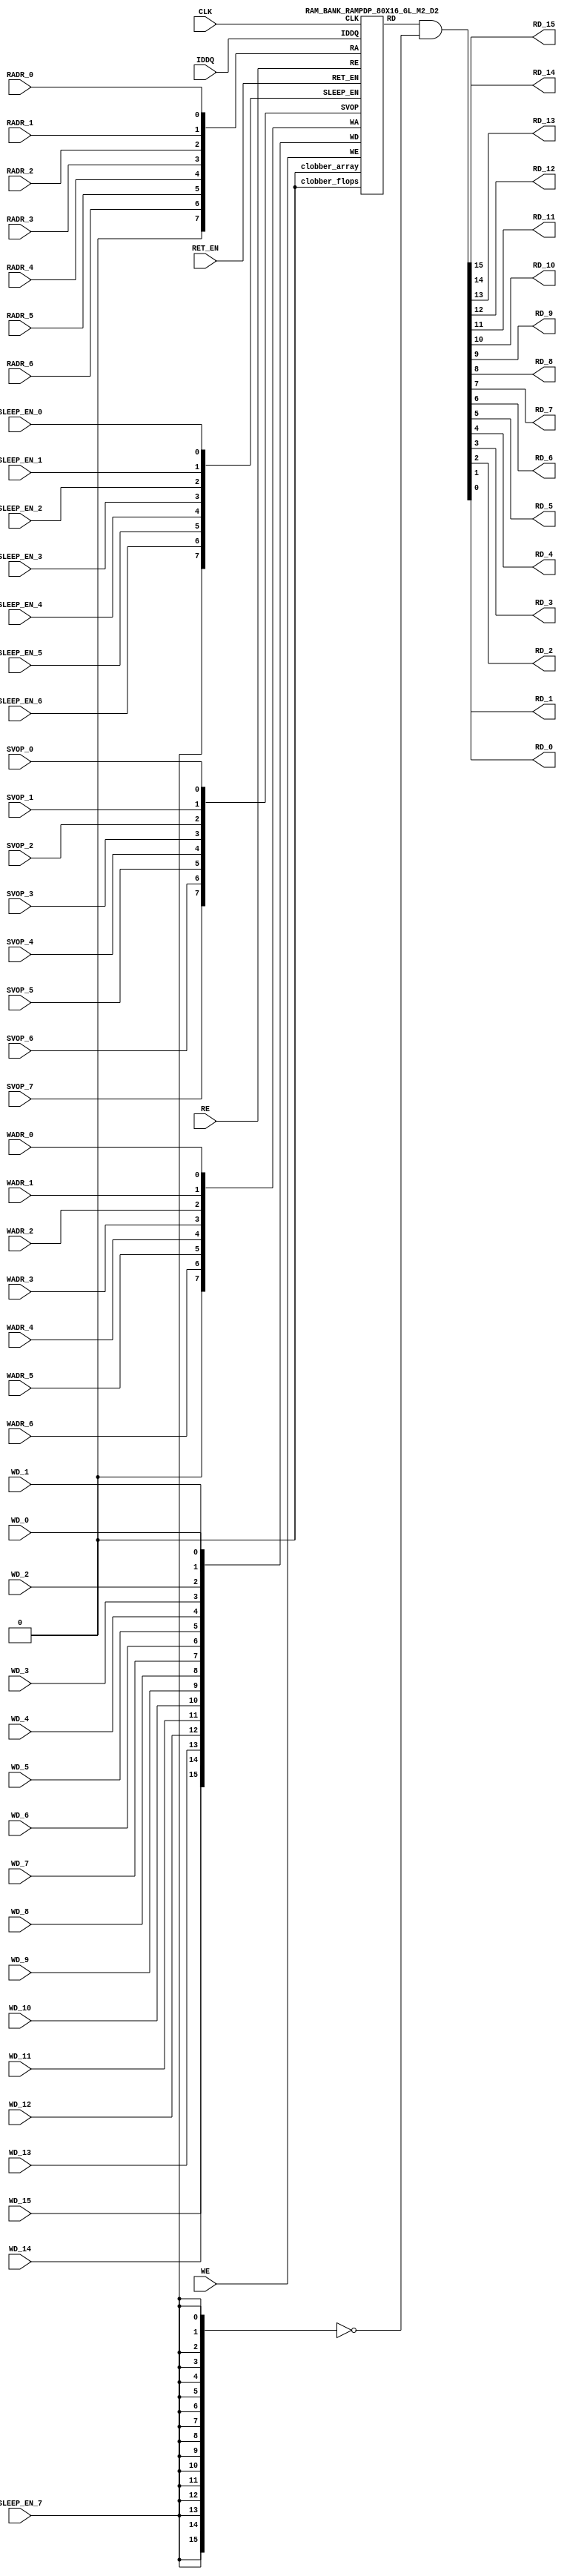

//Technology      : TSMC 16FF-LR
//Compiler version: FINAL.1 - 2017-05-25.18:47:15

`ifdef EMULATION
	`define SYNTHESIS
`endif

`ifndef SYNTHESIS
	`ifdef FAULT_INJECTION
		`define SIM_and_FAULT
	`endif
`endif

`ifndef SYNTHESIS
	`ifdef MONITOR
		`define SIM_and_MONITOR
	`endif
`endif


`ifndef SYNTHESIS 
`timescale 10ps/1ps
`endif 
`celldefine
module RAMPDP_80X16_GL_M2_D2 (  WE,  CLK, IDDQ, SVOP_0, SVOP_1, SVOP_2, SVOP_3, SVOP_4, SVOP_5, SVOP_6, SVOP_7 
,WD_15, WD_14, WD_13, WD_12, WD_11, WD_10, WD_9, WD_8, WD_7, WD_6, WD_5, WD_4, WD_3, WD_2, WD_1, WD_0,RD_15, RD_14, RD_13, RD_12, RD_11, RD_10, RD_9, RD_8, RD_7, RD_6, RD_5, RD_4, RD_3, RD_2, RD_1, RD_0, RE
, RADR_6, RADR_5, RADR_4, RADR_3, RADR_2, RADR_1, RADR_0, WADR_6, WADR_5, WADR_4, WADR_3, WADR_2, WADR_1, WADR_0, SLEEP_EN_7, SLEEP_EN_6, SLEEP_EN_5, SLEEP_EN_4, SLEEP_EN_3, SLEEP_EN_2, SLEEP_EN_1, SLEEP_EN_0, RET_EN
);

// nvProps NoBus SLEEP_EN_

`ifndef RAM_INTERFACE
`ifndef SYNTHESIS
// Physical ram size defined as localparam
parameter phy_rows = 40;
parameter phy_cols = 32;
parameter phy_rcols_pos = 32'b00000000000000000000000000000000;

`endif //SYNTHESIS
`endif //RAM_INTERFACE

// Test mode control ports
input IDDQ;
// Clock port
input CLK;
// SVOP ports
input SVOP_0, SVOP_1, SVOP_2, SVOP_3, SVOP_4, SVOP_5, SVOP_6, SVOP_7;
// Write data ports
input WD_15, WD_14, WD_13, WD_12, WD_11, WD_10, WD_9, WD_8, WD_7, WD_6, WD_5, WD_4, WD_3, WD_2, WD_1, WD_0;
// Read data ports
output RD_15, RD_14, RD_13, RD_12, RD_11, RD_10, RD_9, RD_8, RD_7, RD_6, RD_5, RD_4, RD_3, RD_2, RD_1, RD_0;
// Read enable ports
input RE;
// Write enable ports
input WE;
// Read address ports
input RADR_6, RADR_5, RADR_4, RADR_3, RADR_2, RADR_1, RADR_0;
// Write address ports
input WADR_6, WADR_5, WADR_4, WADR_3, WADR_2, WADR_1, WADR_0;

// PG Zone enables
input SLEEP_EN_0, SLEEP_EN_1, SLEEP_EN_2, SLEEP_EN_3, SLEEP_EN_4, SLEEP_EN_5, SLEEP_EN_6, SLEEP_EN_7, RET_EN;

`ifndef RAM_INTERFACE
wire VDD = 1'b1;
wire GND  = 1'b0;

// Combine the sleep enable pins into one bus
	wire [7:0] SLEEP_EN = {SLEEP_EN_7, SLEEP_EN_6, SLEEP_EN_5, SLEEP_EN_4, SLEEP_EN_3, SLEEP_EN_2, SLEEP_EN_1, SLEEP_EN_0};

// Signal to clamp the outputs when the VDD is power gated off.
	wire clamp_rd   = SLEEP_EN[7] ;

// State point clobering signals
// X-out state points when their power goes out
    wire clobber_x;
`ifndef SYNTHESIS
`ifdef DISABLE_REPAIR_X
    wire check_x = (RET_EN ^ (^SLEEP_EN[7:0]) ^  SVOP_0 ^ SVOP_1 ^ SVOP_2 ^ SVOP_3 ^ SVOP_4 ^ SVOP_5 ^ SVOP_6 ^ SVOP_7);
`else 
    wire check_x = (RET_EN ^ (^SLEEP_EN[7:0]) ^  SVOP_0 ^ SVOP_1 ^ SVOP_2 ^ SVOP_3 ^ SVOP_4 ^ SVOP_5 ^ SVOP_6 ^ SVOP_7 );
`endif 
    assign clobber_x = ((check_x === 1'bx) || (check_x === 1'bz))?1'b1:1'b0;
 
    wire clobber_array = (~RET_EN & (|SLEEP_EN[3:0]))  | clobber_x;
    wire clobber_flops = (|SLEEP_EN[7:4]) | clobber_x ;
`else //SYNTHESIS
    wire clobber_array = 1'b0;
    wire clobber_flops = 1'b0;
    assign clobber_x = 1'b0;
`endif //SYNTHESIS 

// Output valid signal
// Outputs are unknown in non-retention mode if VDDM is powered up , but VDD is not 
    wire outvalid;
	assign outvalid = ~(clobber_x | (~RET_EN & (|SLEEP_EN[3:0]) & (|(~SLEEP_EN[7:4]))));


//assemble & rename wires
// Extend the MSB's of the read/write addresses to cover all the flop inputs
// The number of address flops is fixed. Also combine all the individual *_* bits into one bus
	wire [7:0] RA = {1'b0, RADR_6, RADR_5, RADR_4, RADR_3, RADR_2, RADR_1, RADR_0};
	wire [7:0] WA = {1'b0, WADR_6, WADR_5, WADR_4, WADR_3, WADR_2, WADR_1, WADR_0};
// Combine all the write data input bits
	wire [15:0] WD = {WD_15, WD_14, WD_13, WD_12, WD_11, WD_10, WD_9, WD_8, WD_7, WD_6, WD_5, WD_4, WD_3, WD_2, WD_1, WD_0};
	wire [15:0] RD;
// Expand the read data bus into individual output bits
//	assign {RD_15, RD_14, RD_13, RD_12, RD_11, RD_10, RD_9, RD_8, RD_7, RD_6, RD_5, RD_4, RD_3, RD_2, RD_1, RD_0} = (outvalid) ? RD : 16'bx;
// Do the read data swizzing based on the number of words and bits. 
`ifndef SYNTHESIS
	assign {RD_15, RD_14, RD_13, RD_12, RD_11, RD_10, RD_9, RD_8, RD_7, RD_6, RD_5, RD_4, RD_3, RD_2, RD_1, RD_0} = (outvalid) ? RD & ~{16{clamp_rd}} : 16'bx;
`else
	assign {RD_15, RD_14, RD_13, RD_12, RD_11, RD_10, RD_9, RD_8, RD_7, RD_6, RD_5, RD_4, RD_3, RD_2, RD_1, RD_0} =  RD & ~{16{clamp_rd}};
`endif
	wire [7:0] SVOP = {SVOP_7, SVOP_6, SVOP_5, SVOP_4, SVOP_3, SVOP_2, SVOP_1, SVOP_0};


`ifndef EMULATION

// Instantiate memory bank
// This block defines the core functionality of the rams.
	RAM_BANK_RAMPDP_80X16_GL_M2_D2 ITOP ( WE, CLK, IDDQ, SVOP, WD, RD, RE, RA, WA
, SLEEP_EN
,  RET_EN, clobber_array , clobber_flops 
);

`ifndef SYNTHESIS 
// Tasks for initializing the arrays
//VCS coverage off    
always  @(clobber_array) begin : clobber_array_block
    integer i;
    if (clobber_array) begin
	    for (i=0; i<80; i=i+1) begin
		     mem_wr_raw(i, {16{1'bx}});
		end
    end
end


always  @(clobber_flops) begin
  if (clobber_flops) begin
      ITOP.RE_LATB <= 1'bx;
      ITOP.RE_FF <= 1'bx;
      ITOP.WE_LATB <= 1'bx;
      ITOP.WE_FF <= 1'bx;
      ITOP.RADR <= 8'bx;
      ITOP.WADR <= 8'bx;
      ITOP.WAFF <= 8'bx;
      ITOP.WDQ_pr <= 16'bx;
      ITOP.dout <= 16'bx;
  end
end  
//VCS coverage on    

//VCS coverage off    
task mem_wr_raw;
  input [6:0] addr;
  input [15:0] data;
  begin
    if (addr[0] == 1'b0) 
        ITOP.iow0.mem_wr_raw_subbank(addr[6:1], data);
    else if (addr[0] == 1'b1)
        ITOP.iow1.mem_wr_raw_subbank(addr[6:1], data);
  end
endtask

// Ramgen function for writing the arrays 
task mem_write;
  input [6:0] addr;
  input [15:0] data;
  begin
    ITOP.mem_write_bank(addr,data);
  end
endtask

// Ramgen function for reading the arrays 
function [15:0] mem_read;
input [6:0] addr;
  begin
        mem_read = ITOP.mem_read_bank(addr);
  end
endfunction


// Random only generates 32 bit value.
// If nbits > 32, call it multiple times
// Old random fill fills all memory locations with same random value


task mem_fill_random;
	reg [15:0] val;
	integer i;
	begin
		for (i=0; i<80; i=i+1) begin
		    val = {$random};
		    mem_wr_raw(i, val);
		end
	end 
endtask

// Fill the memory with a given bit value 
task mem_fill_value;
    input fill_bit;
	reg [15:0] val;
    integer i;
    begin
        val = {16{fill_bit}};
        for (i=0; i<80; i=i+1) begin
		    mem_wr_raw(i, val);
        end
    end
endtask 

// read logical address and feed into salat
task force_rd;
input [6:0] addr;
	reg [15:0] rd;

	`ifdef USE_RAMINIT_LIBS
	reg raminit_active, raminit_argcheck, raminit_debug, raminit_enable, raminit_random, raminit_invert,
	    raminit_val, raminit_waitclock, raminit_use_force;
	real raminit_delay_ns, raminit_waitclock_check_ns;
	initial
	begin
	  raminit_active    = 0; // default is inactive (plusarg to active the ram init functionality)
	  raminit_argcheck  = 0; // default is no plusargs check (apart from raminit_active and raminit_argcheck)
	  raminit_debug     = 0; // default is no debug messages
	  raminit_enable    = 0; // default is no init (variable indicating if the ram init functionality is enabled for this instance)
	  raminit_random    = 0; // default is no random init
	  raminit_invert    = 0; // default is not to invert the init value
	  raminit_val       = 0; // default init value is zero
	  raminit_waitclock = 0; // default is not to wait to clock to be non-X
	  raminit_use_force = 1; // default is to use force/release
	  raminit_delay_ns           = `ifdef NV_TOP_RESET_ON_DELAY  (`NV_TOP_RESET_ON_DELAY+2) `else 3 `endif; // default is 2ns after nv_top_reset_ goes low or ram clock is not X
	  raminit_waitclock_check_ns = `ifdef NV_TOP_RESET_OFF_DELAY (`NV_TOP_RESET_OFF_DELAY)  `else 0 `endif; // default is when nv_top_reset_ goes high
	  $value$plusargs("raminit_active=%d",    raminit_active);
	  $value$plusargs("raminit_argcheck=%d",  raminit_argcheck);
	  if (raminit_argcheck)
	  begin
	    // The following variables are not usually used as plusargs, but instead set through add_inst_array calls or the init_inst_file.
	    $value$plusargs("raminit_debug=%d",              raminit_debug);
	    $value$plusargs("raminit_enable=%d",             raminit_enable);
	    $value$plusargs("raminit_random=%d",             raminit_random);
	    $value$plusargs("raminit_invert=%d",             raminit_invert);
	    $value$plusargs("raminit_val=%d",                raminit_val);
	    $value$plusargs("raminit_waitclock=%d",          raminit_waitclock);
	    $value$plusargs("raminit_delay_ns=%f",           raminit_delay_ns);
	    $value$plusargs("raminit_waitclock_check_ns=%f", raminit_waitclock_check_ns);
	    $value$plusargs("raminit_use_force=%d",          raminit_use_force);
	  end
	  `ifdef INST_CHECK
	  `INST_CHECK(ram_inst_check0,raminit_active,raminit_debug,raminit_enable,raminit_random,raminit_val,raminit_invert,raminit_waitclock,raminit_delay_ns,raminit_waitclock_check_ns);
	  `endif
	  if (!raminit_active)  raminit_enable = 0;
	  else if (raminit_enable)
	  begin
	    if (raminit_random) raminit_val = `ifdef NO_PLI 1'b0 `else $RollPLI(0,1) `endif;
	    if (raminit_invert) raminit_val = ~raminit_val;
	  end
	  if (raminit_debug)
	  begin
	    $display("%m: raminit_active              = %d", raminit_active);
	    $display("%m: raminit_argcheck            = %d", raminit_argcheck);
	    $display("%m: raminit_debug               = %d", raminit_debug);
	    $display("%m: raminit_enable              = %d", raminit_enable);
	    $display("%m: raminit_random              = %d", raminit_random);
	    $display("%m: raminit_invert              = %d", raminit_invert);
	    $display("%m: raminit_val                 = %d", raminit_val);
	    $display("%m: raminit_waitclock           = %d", raminit_waitclock);
	    $display("%m: raminit_delay_ns            = %f ns", raminit_delay_ns);
	    $display("%m: raminit_waitclock_check_ns  = %f ns", raminit_waitclock_check_ns);
	    $display("%m: raminit_use_force           = %d", raminit_use_force);
	  end
	end
	`endif

	`ifdef USE_RAMINIT_LIBS
	// init rd
	task init_rd_regs;
	begin
	  #0; // wait for raminit variables to be set
	  if (raminit_enable)
	  begin : raminit_val_blk
	    reg [16-1:0] raminit_fullval;
	    if (raminit_random)  raminit_fullval = `ifdef NO_PLI {16 {1'b1}} `else { $RollPLI(0,{16{1'b1}}) } `endif ;
	    else                 raminit_fullval = {16 {raminit_val}};
	    if (raminit_invert)  raminit_fullval = ~raminit_fullval;
	    if (raminit_use_force)  force rd = raminit_fullval;
	    if (raminit_waitclock)  wait ( !== 1'bx);
	    #(raminit_delay_ns*100);
	    `ifdef INST_WAITCLOCK_CHECK
	    `INST_WAITCLOCK_CHECK(waitclock_inst_check0,raminit_waitclock,raminit_waitclock_check_ns,100)
	    `endif
	    if (raminit_use_force)  release rd;
	    rd = raminit_fullval;
	  end
	end
	endtask
	initial begin init_rd_regs();  end
	`ifdef RAMINIT_TRIGGER
	always @(`RAMINIT_TRIGGER)  init_rd_regs();
	`endif
	`endif // `ifdef USE_RAMINIT_LIBS

	begin
        if (addr[0] == 1'b0) 
            rd = ITOP.iow0.mem_read_raw_subbank(addr[6:1]);
        else if (addr[0] == 1'b1)
            rd = ITOP.iow1.mem_read_raw_subbank(addr[6:1]);
		ITOP.dout = rd;
	end
endtask

`ifdef MEM_PHYS_INFO
//function for physical array read row, takes physical address
function [31:0] mem_phys_read_padr;
input [5:0] addr;
	reg [31:0] rd_row;

	`ifdef USE_RAMINIT_LIBS
	// init rd_row
	task init_rd_row_regs;
	begin
	  #0; // wait for raminit variables to be set
	  if (raminit_enable)
	  begin : raminit_val_blk
	    reg [32-1:0] raminit_fullval;
	    if (raminit_random)  raminit_fullval = `ifdef NO_PLI {32 {1'b1}} `else { $RollPLI(0,{32{1'b1}}) } `endif ;
	    else                 raminit_fullval = {32 {raminit_val}};
	    if (raminit_invert)  raminit_fullval = ~raminit_fullval;
	    if (raminit_use_force)  force rd_row = raminit_fullval;
	    if (raminit_waitclock)  wait ( !== 1'bx);
	    #(raminit_delay_ns*100);
	    `ifdef INST_WAITCLOCK_CHECK
	    `INST_WAITCLOCK_CHECK(waitclock_inst_check1,raminit_waitclock,raminit_waitclock_check_ns,100)
	    `endif
	    if (raminit_use_force)  release rd_row;
	    rd_row = raminit_fullval;
	  end
	end
	endtask
	initial begin init_rd_row_regs();  end
	`ifdef RAMINIT_TRIGGER
	always @(`RAMINIT_TRIGGER)  init_rd_row_regs();
	`endif
	`endif // `ifdef USE_RAMINIT_LIBS

	reg [15:0] rd[1:0];
	integer i;
	begin
        rd[0] = ITOP.iow0.mem_read_raw_subbank(addr);
        rd[1] = ITOP.iow1.mem_read_raw_subbank(addr);
        for (i=0; i<=15; i=i+1) begin
            rd_row[i*2+0] = rd[0][i];
            rd_row[i*2+1] = rd[1][i];
		end
		mem_phys_read_padr = rd_row;
	end
endfunction

//function for physical array read row, takes logical address
function [31:0] mem_phys_read_ladr;
input [6:0] addr;
    reg [5:0] paddr;
	reg [31:0] rd_row;

	`ifdef USE_RAMINIT_LIBS
	// init rd_row
	task init_rd_row_regs;
	begin
	  #0; // wait for raminit variables to be set
	  if (raminit_enable)
	  begin : raminit_val_blk
	    reg [32-1:0] raminit_fullval;
	    if (raminit_random)  raminit_fullval = `ifdef NO_PLI {32 {1'b1}} `else { $RollPLI(0,{32{1'b1}}) } `endif ;
	    else                 raminit_fullval = {32 {raminit_val}};
	    if (raminit_invert)  raminit_fullval = ~raminit_fullval;
	    if (raminit_use_force)  force rd_row = raminit_fullval;
	    if (raminit_waitclock)  wait ( !== 1'bx);
	    #(raminit_delay_ns*100);
	    `ifdef INST_WAITCLOCK_CHECK
	    `INST_WAITCLOCK_CHECK(waitclock_inst_check2,raminit_waitclock,raminit_waitclock_check_ns,100)
	    `endif
	    if (raminit_use_force)  release rd_row;
	    rd_row = raminit_fullval;
	  end
	end
	endtask
	initial begin init_rd_row_regs();  end
	`ifdef RAMINIT_TRIGGER
	always @(`RAMINIT_TRIGGER)  init_rd_row_regs();
	`endif
	`endif // `ifdef USE_RAMINIT_LIBS

	reg [15:0] rd[1:0];
	integer i;
	begin
        paddr = (addr >> 1);
        rd[0] = ITOP.iow0.mem_read_raw_subbank(paddr);
        rd[1] = ITOP.iow1.mem_read_raw_subbank(paddr);
        for (i=0; i<=15; i=i+1) begin
            rd_row[i*2+0] = rd[0][i];
            rd_row[i*2+1] = rd[1][i];
		end
		mem_phys_read_ladr = rd_row;
	end
endfunction


//function for physical array read row with column masking, takes logical address
function [31:0] mem_phys_read_pmasked;
input [6:0] addr;
   reg [31:0] rd_row;

   `ifdef USE_RAMINIT_LIBS
   // init rd_row
   task init_rd_row_regs;
   begin
     #0; // wait for raminit variables to be set
     if (raminit_enable)
     begin : raminit_val_blk
       reg [32-1:0] raminit_fullval;
       if (raminit_random)  raminit_fullval = `ifdef NO_PLI {32 {1'b1}} `else { $RollPLI(0,{32{1'b1}}) } `endif ;
       else                 raminit_fullval = {32 {raminit_val}};
       if (raminit_invert)  raminit_fullval = ~raminit_fullval;
       if (raminit_use_force)  force rd_row = raminit_fullval;
       if (raminit_waitclock)  wait ( !== 1'bx);
       #(raminit_delay_ns*100);
       `ifdef INST_WAITCLOCK_CHECK
       `INST_WAITCLOCK_CHECK(waitclock_inst_check3,raminit_waitclock,raminit_waitclock_check_ns,100)
       `endif
       if (raminit_use_force)  release rd_row;
       rd_row = raminit_fullval;
     end
   end
   endtask
   initial begin init_rd_row_regs();  end
   `ifdef RAMINIT_TRIGGER
   always @(`RAMINIT_TRIGGER)  init_rd_row_regs();
   `endif
   `endif // `ifdef USE_RAMINIT_LIBS

   reg [15:0] rd[1 : 0];
   integer i;
   begin
        rd[0] = (addr[0:0] === 0) ? ITOP.iow0.mem_read_raw_subbank(addr[6:1]) : 16'bx;
        rd[1] = (addr[0:0] === 1) ? ITOP.iow1.mem_read_raw_subbank(addr[6:1]) : 16'bx;
        for (i=0; i<=15; i=i+1) begin
            rd_row[i*2+0] = rd[0][i];
            rd_row[i*2+1] = rd[1][i];
        end
        mem_phys_read_pmasked = rd_row;
    end
endfunction

//Task for physical array write row, takes physical address
task mem_phys_write;
input [5:0] addr;
input [31:0] data;
	reg [15:0] wr[1:0];
	integer i;
	begin
        for (i=0; i<=15; i=i+1) begin
            wr[0][i] = data[i*2+0];
            wr[1][i] = data[i*2+1];
		end
        ITOP.iow0.mem_wr_raw_subbank(addr,wr[0]);
        ITOP.iow1.mem_wr_raw_subbank(addr,wr[1]);
	end
endtask

// Function to return a physical address given a logical address input.
function [5:0] mem_log_to_phys_adr;
input [6:0] addr;
    begin
        mem_log_to_phys_adr = (addr >> 1) ; 
    end
endfunction 
`endif //MEM_PHYS_INFO

`ifdef MONITOR
// Monitor dump trigger
reg dump_monitor_result;

initial begin : init_monitor
  dump_monitor_result = 1'b0;
end

task monitor_on;
    begin
		ITOP.iow0.monitor_on = 1'b1;
		ITOP.iow1.monitor_on = 1'b1;
   end
endtask

task monitor_off;
    begin
		ITOP.iow0.monitor_on = 1'b0;
		ITOP.iow1.monitor_on = 1'b0;
        dump_monitor_result = 1'b1;
    end
endtask

// read bit_written monitor row by physical address from subarray
function [31:0] mon_bit_w;
input [5:0] addr;
	reg [31:0] mon_row;
	reg [15:0] mon_word[1:0];
	integer i;
	begin
		// read all monitor words for a row
		mon_word[0] = ITOP.iow0.bit_written[addr];
		mon_word[1] = ITOP.iow1.bit_written[addr];
		// combine all 2 words to a row
		for (i=0; i<=15; i=i+1) begin
			mon_row[i*2+0] = mon_word[0][i];
			mon_row[i*2+1] = mon_word[1][i];
		end
		mon_bit_w = mon_row;
	end
endfunction

// read bit_read monitor word by address from subarray
function [31:0] mon_bit_r;
input [5:0] addr;
	reg [31:0] mon_row;
	reg [15:0] mon_word[1:0];
	integer i;
	begin
		// read all monitor words for a row
		mon_word[0] = ITOP.iow0.bit_read[addr];
		mon_word[1] = ITOP.iow1.bit_read[addr];
		// combine all 2 words to a row
		for (i=0; i<=15; i=i+1) begin
			mon_row[i*2+0] = mon_word[0][i];
			mon_row[i*2+1] = mon_word[1][i];
		end
		mon_bit_r = mon_row;
	end
endfunction

// read word_written monitor row by physical address from subarray
function  mon_word_w;
input [5:0] addr;
	reg mon_word[1:0];
	integer i;
	begin
		// read all monitor words for a row
		mon_word[0] = ITOP.iow0.word_written[addr];
		mon_word[1] = ITOP.iow1.word_written[addr];
		// combine all 2 words to a row
		mon_word_w = mon_word[0] | mon_word[1] ;
	end
endfunction

// read word_read monitor row by physical address from subarray
function  mon_word_r;
input [5:0] addr;
	reg mon_word[1:0];
	integer i;
	begin
		// read all monitor words for a row
		mon_word[0] = ITOP.iow0.word_read[addr];
		mon_word[1] = ITOP.iow1.word_read[addr];
		// combine all 2 words to a row
		mon_word_r = mon_word[0] | mon_word[1] ;
	end
endfunction

always @(dump_monitor_result) begin : dump_monitor
	integer i;
	integer j;
	reg [31:0] tmp_row;
    reg tmp_bit;
	if (dump_monitor_result == 1'b1) begin
	    $display("Exercised coverage summary:");
        $display("\t%m rows unwritten:");
        for(i=0;i<=40;i=i+1) begin
			tmp_bit = mon_word_w(i);
            if (tmp_bit !== 1) $display("\t\trow %d", i);
		end
        $display("\t%m rows unread:");
        for(i=0;i<=40;i=i+1) begin
			tmp_bit = mon_word_r(i);
            if (tmp_bit !== 1) $display("\t\trow %d", i);
		end
		$display("\t%m bits not written as 0:");
		for (i=0; i<40; i=i+1) begin
			tmp_row = mon_bit_w(i);
			for (j=0; j<32; j=j+1) begin
				if (tmp_row[j] !== 1'b0 && tmp_row[j] !== 1'bz) $display("\t\t[row,bit] [%d,%d]", i, j);
			end
		end
		$display("\t%m bits not written as 1:");
		for (i=0; i<40; i=i+1) begin
			tmp_row = mon_bit_w(i);
			for (j=0; j<32; j=j+1) begin
				if (tmp_row[j] !== 1'b1 && tmp_row[j] !== 1'bz) $display("\t\t[row,bit] [%d,%d]", i, j);
			end
		end
		$display("\t%m bits not read as 0:");
		for (i=0; i<40; i=i+1) begin
			tmp_row = mon_bit_r(i);
			for (j=0; j<32; j=j+1) begin
				if (tmp_row[j] !== 1'b0 && tmp_row[j] !== 1'bz) $display("\t\t[row,bit] [%d,%d]", i, j);
			end
		end
		$display("\t%m bits not read as 1:");
		for (i=0; i<40; i=i+1) begin
			tmp_row = mon_bit_r(i);
			for (j=0; j<32; j=j+1) begin
				if (tmp_row[j] !== 1'b1 && tmp_row[j] !== 1'bz) $display("\t\t[row,bit] [%d,%d]", i, j);
			end
		end
		dump_monitor_result = 1'b0;
	end
end

//VCS coverage on    
`endif // MONITOR

`ifdef NV_RAM_EXPAND_ARRAY
wire [15:0] Q_0 = ITOP.iow0.arr[0];
wire [15:0] Q_1 = ITOP.iow1.arr[0];
wire [15:0] Q_2 = ITOP.iow0.arr[1];
wire [15:0] Q_3 = ITOP.iow1.arr[1];
wire [15:0] Q_4 = ITOP.iow0.arr[2];
wire [15:0] Q_5 = ITOP.iow1.arr[2];
wire [15:0] Q_6 = ITOP.iow0.arr[3];
wire [15:0] Q_7 = ITOP.iow1.arr[3];
wire [15:0] Q_8 = ITOP.iow0.arr[4];
wire [15:0] Q_9 = ITOP.iow1.arr[4];
wire [15:0] Q_10 = ITOP.iow0.arr[5];
wire [15:0] Q_11 = ITOP.iow1.arr[5];
wire [15:0] Q_12 = ITOP.iow0.arr[6];
wire [15:0] Q_13 = ITOP.iow1.arr[6];
wire [15:0] Q_14 = ITOP.iow0.arr[7];
wire [15:0] Q_15 = ITOP.iow1.arr[7];
wire [15:0] Q_16 = ITOP.iow0.arr[8];
wire [15:0] Q_17 = ITOP.iow1.arr[8];
wire [15:0] Q_18 = ITOP.iow0.arr[9];
wire [15:0] Q_19 = ITOP.iow1.arr[9];
wire [15:0] Q_20 = ITOP.iow0.arr[10];
wire [15:0] Q_21 = ITOP.iow1.arr[10];
wire [15:0] Q_22 = ITOP.iow0.arr[11];
wire [15:0] Q_23 = ITOP.iow1.arr[11];
wire [15:0] Q_24 = ITOP.iow0.arr[12];
wire [15:0] Q_25 = ITOP.iow1.arr[12];
wire [15:0] Q_26 = ITOP.iow0.arr[13];
wire [15:0] Q_27 = ITOP.iow1.arr[13];
wire [15:0] Q_28 = ITOP.iow0.arr[14];
wire [15:0] Q_29 = ITOP.iow1.arr[14];
wire [15:0] Q_30 = ITOP.iow0.arr[15];
wire [15:0] Q_31 = ITOP.iow1.arr[15];
wire [15:0] Q_32 = ITOP.iow0.arr[16];
wire [15:0] Q_33 = ITOP.iow1.arr[16];
wire [15:0] Q_34 = ITOP.iow0.arr[17];
wire [15:0] Q_35 = ITOP.iow1.arr[17];
wire [15:0] Q_36 = ITOP.iow0.arr[18];
wire [15:0] Q_37 = ITOP.iow1.arr[18];
wire [15:0] Q_38 = ITOP.iow0.arr[19];
wire [15:0] Q_39 = ITOP.iow1.arr[19];
wire [15:0] Q_40 = ITOP.iow0.arr[20];
wire [15:0] Q_41 = ITOP.iow1.arr[20];
wire [15:0] Q_42 = ITOP.iow0.arr[21];
wire [15:0] Q_43 = ITOP.iow1.arr[21];
wire [15:0] Q_44 = ITOP.iow0.arr[22];
wire [15:0] Q_45 = ITOP.iow1.arr[22];
wire [15:0] Q_46 = ITOP.iow0.arr[23];
wire [15:0] Q_47 = ITOP.iow1.arr[23];
wire [15:0] Q_48 = ITOP.iow0.arr[24];
wire [15:0] Q_49 = ITOP.iow1.arr[24];
wire [15:0] Q_50 = ITOP.iow0.arr[25];
wire [15:0] Q_51 = ITOP.iow1.arr[25];
wire [15:0] Q_52 = ITOP.iow0.arr[26];
wire [15:0] Q_53 = ITOP.iow1.arr[26];
wire [15:0] Q_54 = ITOP.iow0.arr[27];
wire [15:0] Q_55 = ITOP.iow1.arr[27];
wire [15:0] Q_56 = ITOP.iow0.arr[28];
wire [15:0] Q_57 = ITOP.iow1.arr[28];
wire [15:0] Q_58 = ITOP.iow0.arr[29];
wire [15:0] Q_59 = ITOP.iow1.arr[29];
wire [15:0] Q_60 = ITOP.iow0.arr[30];
wire [15:0] Q_61 = ITOP.iow1.arr[30];
wire [15:0] Q_62 = ITOP.iow0.arr[31];
wire [15:0] Q_63 = ITOP.iow1.arr[31];
wire [15:0] Q_64 = ITOP.iow0.arr[32];
wire [15:0] Q_65 = ITOP.iow1.arr[32];
wire [15:0] Q_66 = ITOP.iow0.arr[33];
wire [15:0] Q_67 = ITOP.iow1.arr[33];
wire [15:0] Q_68 = ITOP.iow0.arr[34];
wire [15:0] Q_69 = ITOP.iow1.arr[34];
wire [15:0] Q_70 = ITOP.iow0.arr[35];
wire [15:0] Q_71 = ITOP.iow1.arr[35];
wire [15:0] Q_72 = ITOP.iow0.arr[36];
wire [15:0] Q_73 = ITOP.iow1.arr[36];
wire [15:0] Q_74 = ITOP.iow0.arr[37];
wire [15:0] Q_75 = ITOP.iow1.arr[37];
wire [15:0] Q_76 = ITOP.iow0.arr[38];
wire [15:0] Q_77 = ITOP.iow1.arr[38];
wire [15:0] Q_78 = ITOP.iow0.arr[39];
wire [15:0] Q_79 = ITOP.iow1.arr[39];
`endif //NV_RAM_EXPAND_ARRAY
`endif //SYNTHESIS

`ifdef FAULT_INJECTION
// BIST stuck at tasks
// induce faults on columns
//VCS coverage off    
task mem_fault_no_write;
input [15:0] fault_mask;
    begin
        ITOP.iow0.mem_fault_no_write_subbank(fault_mask);
        ITOP.iow1.mem_fault_no_write_subbank(fault_mask);
    end
endtask

task mem_fault_stuck_0;
input [15:0] fault_mask;
    begin
        ITOP.iow0.mem_fault_stuck_0_subbank(fault_mask);
        ITOP.iow1.mem_fault_stuck_0_subbank(fault_mask);
    end
endtask

task mem_fault_stuck_1;
input [15:0] fault_mask;
    begin
        ITOP.iow0.mem_fault_stuck_1_subbank(fault_mask);
        ITOP.iow1.mem_fault_stuck_1_subbank(fault_mask);
    end
endtask

task set_bit_fault_stuck_0;
input r;
input c;
integer r;
integer c;

  if ( (r % 2) == 0) 
    ITOP.iow0.set_bit_fault_stuck_0_subbank((r/2), c);
  else if  ( (r % 2) == 1)
    ITOP.iow1.set_bit_fault_stuck_0_subbank((r/2), c);

endtask

task set_bit_fault_stuck_1;
input r;
input c;
integer r;
integer c;
 
    if ( (r % 2) == 0) 
    ITOP.iow0.set_bit_fault_stuck_1_subbank((r/2), c);
  else if  ( (r % 2) == 1)
    ITOP.iow1.set_bit_fault_stuck_1_subbank((r/2), c);

endtask

task clear_bit_fault_stuck_0;
input r;
input c;
integer r;
integer c;

  if ( (r % 2) == 0) 
    ITOP.iow0.clear_bit_fault_stuck_0_subbank((r/2), c);
  else if  ( (r % 2) == 1)
    ITOP.iow1.clear_bit_fault_stuck_0_subbank((r/2), c);

endtask

task clear_bit_fault_stuck_1;
input r;
input c;
integer r;
integer c;

  if ( (r % 2) == 0) 
    ITOP.iow0.clear_bit_fault_stuck_1_subbank((r/2), c);
  else if  ( (r % 2) == 1)
    ITOP.iow1.clear_bit_fault_stuck_1_subbank((r/2), c);

endtask
//VCS coverage on    

`endif // STUCK
`else // EMULATION=1 
//VCS coverage off    
// The emulation model is a simple model which models only basic functionality and contains no test logic or redundancy.
// The model also uses flops wherever possible. Latches are avoided to help close timing on the emulator.
// The unused pins are left floating in the model.

// Register declarations
// enables 
    reg RE_FF,WE_FF,RE_LAT,WE_LAT;
// Addresses 
    reg [7:0] RAFF,WAFF;
// Data 
    reg [15:0] WD_FF;
    reg [15:0] RD_LAT;
 
// Latch the enables
//spyglass disable_block IntClock,W18 
    always @(*) begin 
        if (!CLK) begin
            RE_LAT <= RE; 
            WE_LAT <= WE; 
        end 
    end
//spyglass enable_block IntClock,W18 
            
// Flop the enables : RE/WE/RE_O
    always @(posedge CLK) begin
        RE_FF <= RE; //spyglass disable IntClock
        WE_FF <= WE; //spyglass disable IntClock
    end 

// Gated clock for the read/write operations 
    wire RECLK = CLK & RE_LAT; //spyglass disable GatedClock
    wire WECLK = CLK & WE_LAT; //spyglass disable GatedClock

// Flop the addresses/write data//mask 
    always @(posedge RECLK) 
        RAFF <= RA; //spyglass disable IntClock
    always @(posedge WECLK) begin 
        WAFF <= WA; //spyglass disable IntClock
        WD_FF <= WD; //spyglass disable IntClock
    end 



// Memory 
    reg [15:0] mem[79:0]; 

// write into the memory on negative edge of clock
   wire WRCLK = ~CLK & WE_FF ; //spyglass disable GatedClock
 
    always @(posedge WRCLK)
        mem[WAFF] <= WD_FF; //spyglass disable SYNTH_5130

// Read 
    wire [15:0] dout;
    assign dout = mem[RAFF]; //spyglass disable SYNTH_5130
    reg [15:0] dout_LAT;
    always @(RECLK or dout) 
        if (RECLK) 
            dout_LAT <= dout; //spyglass disable W18
    assign RD = dout_LAT;

`endif // EMULATION
//VCS coverage on    
`endif  // end RAM_INTERFACE
endmodule
`endcelldefine

`ifndef RAM_INTERFACE
`ifndef EMULATION

//memory bank block
module RAM_BANK_RAMPDP_80X16_GL_M2_D2 ( WE, CLK, IDDQ, SVOP, WD, RD, RE, RA, WA
, SLEEP_EN
, RET_EN , clobber_array , clobber_flops 
);

// Input/output port definitions
input  WE, CLK, IDDQ , RE;
input [7:0] SVOP;
input [15:0] WD;
input [7:0] RA, WA;
output [15:0] RD;
input [7:0] SLEEP_EN;

input RET_EN , clobber_array , clobber_flops ; 

// When there is no bypass requested, tie the internal bypass select to 0.
    wire RDBYP = 1'b0;
//Definitions of latches and flops in the design
// *_LAT --> Latched value
// *_LATB --> inverted latch value
// *_FF   --> Flopped version
	reg RE_LATB, RE_FF, WE_LATB, WE_FF;
	reg [7:0] RADR, WADR, WAFF;

    // For non-pipelined rams , capture_dis is disabled
    wire CAPT_DIS = 1'b0;

// Clamp the array access when IDDQ=1
	wire CLAMPB = ~IDDQ;
	wire latffclk = CLK;

// Latch and flop the primary control enables. This is on the unconditional clock.
// spyglass disable_block W18
	always @(*) begin
    // Latch part 
		if(!latffclk & !clobber_flops) begin
            RE_LATB     <= ~RE ;
            // Write Enable 
			WE_LATB     <= ~WE; // spyglass disable IntClock
		end // end if
	end // end always

	always @(*) begin
    // Flop part
		if (latffclk & !clobber_flops) begin
        // Flop outputs of the latches above
            WE_FF      <= ~WE_LATB;
			RE_FF      <= ~RE_LATB;
        end // end if
    end // end always
// spyglass enable_block W18
    
// Conditional clock generation.

// Write enable	and clock
// Clocks are generated when the write enable OR SE == 1 , but SHOLD == 0
    wire we_se   = ~WE_LATB;
	wire WRDCLK  = we_se & latffclk & !clobber_flops; // spyglass disable GatedClock
	wire WADRCLK = WRDCLK;

// Read enable and clock
// There is no SHOLD dependence on the read clocks because these are implemented using loopback flops
// Clocks are generated when the Read enable OR SE == 1
    wire re_se   = ~RE_LATB;
	wire RADRCLK =  re_se & latffclk ;

//  *** The model reads in A , writes in B ***
// Read clock to the memory is off the rising edge of clock
// CLk ==1 , when RE=1 or (SE=1 and SCRE=1) && (ACC_DIS == 1)
// SE=1 and SCRE=1 is needed to force known values into the latches for launch in testmodes.
	wire RECLK   = (~RE_LATB) & CLAMPB & !clobber_flops & !RET_EN & CLK;
// Writes are shifted to the low phase of the clock
// Flopped version of the enables are used to prevent glitches in the clock
// SCWI ==1 prevents writes into the memory
    wire WECLK   = WE_FF &  CLAMPB & !clobber_flops & !RET_EN & ~CLK;
	wire RWSEL   = WE_FF &  CLAMPB & ~CLK;



// Latch read addresses
// spyglass disable_block W18
	always @(*) begin
		if(!RADRCLK & !clobber_flops) begin
			RADR <= RA;
		end // end if
	end // end always


// Flop write address
	always @(posedge WADRCLK) begin
		WAFF <= WA ;
	end
// spyglass enable_block W18


// Force the MSB's to 0 in the SCRE mode. This makes sure that we will always read in from valid addresses for resetting the output latches.
	wire [7:0] RADRSWI = RADR[7:0];
// Select the read address when CLK=1 and write addresses when CLK=0
	wire [7:0] ADR = {8{RWSEL}} & WAFF | ~{8{RWSEL}} & RADRSWI;

	wire [7:0] fusePDEC2;
	wire [7:0] fusePDEC1;
	wire [7:0] fusePDEC0;
    wire fuseien;
// Non repairable rams
    assign fusePDEC2 = {8{1'b0}};
    assign fusePDEC1 = {8{1'b0}};
    assign fusePDEC0 = {8{1'b0}};
    assign fuseien = 0;

//io part
	wire [15:0] WDQ;
	wire [15:0] WDBQ;
	wire [15:0] WMNexp;
	wire [15:0] WMNQ;

// Expand the fuse predec to 512 bits . It follows the 8x8x8 repeat pattern
// We will use only the ones needed for this particular ram configuration and ignore the rest
	wire [511:0] PDEC2 = {{64{fusePDEC2[7]}}, {64{fusePDEC2[6]}}, {64{fusePDEC2[5]}}, {64{fusePDEC2[4]}}, {64{fusePDEC2[3]}}, {64{fusePDEC2[2]}}, {64{fusePDEC2[1]}}, {64{fusePDEC2[0]}}};
	wire [511:0] PDEC1 = {8{{8{fusePDEC1[7]}}, {8{fusePDEC1[6]}}, {8{fusePDEC1[5]}}, {8{fusePDEC1[4]}}, {8{fusePDEC1[3]}}, {8{fusePDEC1[2]}}, {8{fusePDEC1[1]}}, {8{fusePDEC1[0]}}}};
	wire [511:0] PDEC0 = {64{fusePDEC0[7:0]}};
	wire [15:0] BADBIT, SHFT;

// SHIFT<*> == 1 --> No repair at that bit , 0 --> repair at that bit .
// SHIFT<X> == not(and Pdec*<X>) & SHIFT<X-1>
    assign BADBIT = {16{1'b0}};
    assign SHFT   = {16{1'b1}};

    reg [15:0] WDQ_pr;
    wire [15:0] WDBQ_pr;

    assign WMNexp = {16{1'b1}};

    always @(posedge WRDCLK) begin
// Flop write data
		WDQ_pr[15:0]    <= WD & WMNexp;
	end

    assign WDBQ_pr = ~WDQ_pr;

    assign WMNQ = (WDQ | WDBQ);
	assign WDQ  = WDQ_pr;
	assign WDBQ = WDBQ_pr;

    reg [15:0] dout;
	wire [15:0] RD;
	wire RD_rdnt;

	wire [15:0] sel_normal, sel_redun;

// Read bypass is not used for non custom ram
	wire [15:0] RDBYPASS = {16{1'b0}};


// Read bypass will override redunancy mux .
	assign sel_redun  = ~SHFT & ~RDBYPASS;
	assign sel_normal =  SHFT & ~RDBYPASS;

// Non pipelined Read out. This is a 2 to 1 mux with bypass taking priority
	assign RD = sel_normal & dout | RDBYPASS & WDQ_pr;


// FOR SIMULATION ONLY. REMOVE WHEN ASSERTIONS ARE AVAILABLE!
// The following section figures out the unused address space and forces a X out on the reads/prevents writes
// #unusedbits 1 #lowcmidx 1 #cmstep 1 #cm 2 #maxaddr 128
    wire legal, tiedvalid, empadd;
// Tied off address bits
// This should always be 1 if the tie-off logic at the top-level is correct. 
    assign tiedvalid = ~(|ADR[7:7]);

// Max address is 80 --> ['1', '0', '0', '1', '1', '1', '1']
// If the address falls within the space covered by valid address bits , but is > NE , then assign 1 to empadd to indicate it is an invalid address
    assign empadd = ADR[6] & ADR[5] |
                    ADR[6] & ADR[4];
// It is a legal input address if it does not fall in the empty space.
    assign legal = tiedvalid & ~empadd ;
    
    wire [15:0] force_x;
`ifndef SYNTHESIS
    assign force_x = {16{1'bx}};
`else 
    assign force_x = {16{1'b0}};
`endif 

// Generate the read and write clocks for the various CM banks
    wire RdClk0,RdClk1;
    wire WrClk0,WrClk1;
    
    assign RdClk0 = RECLK & ~RADRSWI[0];
    assign RdClk1 = RECLK & RADRSWI[0];
    
    assign WrClk0 = WECLK & ~WAFF[0] & legal;
    assign WrClk1 = WECLK & WAFF[0] & legal;
    
    wire [15:0] rmuxd0, rmuxd1;
    wire [15:0] dout0, dout1;

// Mux the way reads onto the final read busa
// Output X's if the address is invalid
//    assign rmuxd0 = legal ? {16{RdClk0}} & ~dout0 : force_x;
//    assign rmuxd1 = legal ? {16{RdClk1}} & ~dout1 : force_x;
    assign rmuxd0 = {16{RdClk0}} & ~dout0 ;
    assign rmuxd1 = {16{RdClk1}} & ~dout1 ;
    always @(RECLK or rmuxd0 or rmuxd1)
    begin
        if (RECLK)
	    begin
            dout[15:0] <= (rmuxd0[15:0] | rmuxd1[15:0]); // spyglass disable W18 
        end
    end
// Instantiate the memory banks. One for each CM .
    RAMPDP_80X16_GL_M2_D2_ram # (40, 16, 7) iow0 (
		WAFF[7:1],
		WrClk0,
        WMNQ,
		WDQ,
		RADRSWI[7:1],
		dout0
	);

    RAMPDP_80X16_GL_M2_D2_ram # (40, 16, 7) iow1 (
		WAFF[7:1],
		WrClk1,
        WMNQ,
		WDQ,
		RADRSWI[7:1],
		dout1
	);

 
`ifndef SYNTHESIS 
// Tasks for initializing the arrays
// Ramgen function for writing the arrays 
//VCS coverage off    
task mem_write_bank;
  input [6:0] addr;
  input [15:0] data;
  reg   [15:0] wdat;
  begin
    wdat = data;
    if (addr[0] == 1'b0) 
        iow0.mem_wr_raw_subbank(addr[6:1], wdat);
    else if (addr[0] == 1'b1)
        iow1.mem_wr_raw_subbank(addr[6:1], wdat);
  end
endtask

// Ramgen function for reading the arrays 
function [15:0] mem_read_bank;
input [6:0] addr;
reg [15:0] memout;
  begin
    if (addr[0] == 1'b0) 
        memout = iow0.mem_read_raw_subbank(addr[6:1]);
    else if (addr[0] == 1'b1)
        memout = iow1.mem_read_raw_subbank(addr[6:1]);
    mem_read_bank = memout;
  end
endfunction
//VCS coverage on    

`endif  //SYNTHESIS

endmodule
`endif // end EMULATION
`endif // end RAM_INTERFACE 

`ifndef RAM_INTERFACE
`ifndef EMULATION
module RAMPDP_80X16_GL_M2_D2_ram (
   wadr,
   wrclk,
   wrmaskn,
   wrdata,
   radr,
   rout_B
);

// default parameters
parameter  words =  40;
parameter  bits  =  16;
parameter  addrs =  7;

// Write address
input  [addrs-1:0] wadr;
// Write clock
input  wrclk;
// Write data
input  [bits-1:0] wrdata;
// Write Mask
input  [bits-1:0] wrmaskn;

// Read address
input  [addrs-1:0] radr;
// Read out
wire   [bits-1:0]  rdarr;
output [bits-1:0] rout_B;


// Memory . words X bits
reg    [bits-1:0]  arr[0:words-1];

`ifdef SIM_and_FAULT
// regs for inducing faults
reg [bits-1:0] fault_no_write; // block writes to this column
reg [bits-1:0] fault_stuck_0;  // column always reads as 0
reg [bits-1:0] fault_stuck_1;  // column always reads as 1
reg [bits-1:0] bit_fault_stuck_0[0:words-1];  // column always reads as 0
reg [bits-1:0] bit_fault_stuck_1[0:words-1];  // column always reads as 1

initial begin : init_bit_fault_stuck
    integer i;
    integer j;
    fault_no_write = {bits{1'b0}};
    fault_stuck_0  = {bits{1'b0}};
    fault_stuck_1  = {bits{1'b0}};
    for ( i =0; i <=words; i=i+1) begin
        bit_fault_stuck_0[i] = {bits{1'b0}};
        bit_fault_stuck_1[i] = {bits{1'b0}};
    end
end
`endif // FAULT

`ifdef SIM_and_MONITOR
//VCS coverage off    
// monitor variables
reg monitor_on;
reg [words-1:0] word_written;
reg [words-1:0] word_read;
reg [bits-1:0] bit_written[0:words-1];
reg [bits-1:0] bit_read[0:words-1];

initial begin : init_monitor
  integer i;
  monitor_on = 1'b0; 
  for(i=0;i<= words-1;i=i+1) begin
      word_written[i] = 1'b0;
      word_read[i] = 1'b0;
      bit_written[i] = {bits{1'bx}};
      bit_read[i] = {bits{1'bx}};
  end
end  
`endif // MONITOR
//VCS coverage on    

// Bit write enable
// Write only when mask=1. Else hold the data.
`ifdef SIM_and_FAULT
// Include fault registers
wire [bits-1:0] bwe = wrmaskn & ~fault_no_write;
`else //SIM_and_FAULT
wire [bits-1:0] bwe = wrmaskn ;
`endif //SIM_and_FAULT
wire [bits-1:0] bitclk = {bits{wrclk}} & bwe ;

integer i;
`ifdef SIM_and_FAULT
always @(bitclk or wadr or wrdata)
`else 
always @(wrclk or wadr or wrdata)
`endif 
begin
`ifdef SIM_and_FAULT
    for (i=0 ; i<bits ; i=i+1) 
    begin
        if (bitclk[i])
            arr[wadr][i] <= wrdata[i]; // spyglass disable SYNTH_5130,W18
    end
`else 
    if (wrclk) 
        arr[wadr] <= wrdata; // spyglass disable SYNTH_5130,W18
`endif
`ifdef SIM_and_MONITOR
//VCS coverage off    
    for (i=0 ; i<bits ; i=i+1) 
    begin
`ifdef SIM_and_FAULT
        if (bitclk[i]) 
`else 
        if (wrclk)
`endif // FAULT
        begin
            // Check which bits are being written. Also track the values as per table below.
            // 1'bx = not accessed
            // 1'b0 = accessed as a 0
            // 1'b1 = accessed as a 1
            // 1'bz = accessed as both 0 and 1 
            if (monitor_on) begin 
				case (bit_written[wadr][i]) // spyglass disable SYNTH_5130,W18
					1'bx: bit_written[wadr][i] = wrdata[i];
					1'b0: bit_written[wadr][i] = wrdata[i] == 1 ? 1'bz : 1'b0;
					1'b1: bit_written[wadr][i] = wrdata[i] == 0 ? 1'bz : 1'b1;
					1'bz: bit_written[wadr][i] = 1'bz;
				endcase
            end
        end // if
    end //for
    if (monitor_on) begin 
    // Word is considered written if any of the bits are written
`ifdef SIM_and_FAULT
        word_written[wadr] <= |(bitclk) | word_written[wadr]; // spyglass disable SYNTH_5130,W18
`else 
        word_written[wadr] <= wrclk | word_written[wadr]; // spyglass disable SYNTH_5130,W18
`endif // FAULT
    end
`endif // MONITOR
//VCS coverage on    
end

`ifdef SIM_and_FAULT
// Include fault registers
wire [bits-1:0] bre = ~(bit_fault_stuck_1[radr] | bit_fault_stuck_0[radr]); // spyglass disable SYNTH_5130
`else //SIM_and_FAULT
wire [bits-1:0] bre = {bits{1'b1}};
`endif //SIM_and_FAULT

// Read the unlatched data out.
`ifdef SIM_and_FAULT
assign rdarr = (~arr[radr] | bit_fault_stuck_0[radr]) & ~bit_fault_stuck_1[radr]; // spyglass disable SYNTH_5130
`else 
assign rdarr = ~arr[radr]; // spyglass disable SYNTH_5130
`endif 

`ifdef SIM_and_MONITOR
//VCS coverage off    
always @radr begin
    // Check if a bit in the word can be read.
    // 1'bx = not accessed
    // 1'b0 = accessed as a 0
    // 1'b1 = accessed as a 1
    // 1'bz = accessed as both 0 and 1 
    if (monitor_on) begin
        for (i=0; i<bits; i=i+1) begin
	        if (bre[i]) begin
	            case (bit_read[radr][i])
				    1'bx: bit_read[radr][i] = rdarr[i];
					1'b0: bit_read[radr][i] = rdarr[i] == 1 ? 1'bz : 1'b0;
					1'b1: bit_read[radr][i] = rdarr[i] == 0 ? 1'bz : 1'b1;
					1'bz: bit_read[radr][i] = 1'bz;
		        endcase
	        end
	    end
    end 
    // Word is marked read only if any of the bits are read.
    word_read[radr] = |(bre);
end
//VCS coverage on    
`endif // MONITOR

`ifndef SYNTHESIS 
assign #0.1 rout_B = rdarr;
`else 
assign  rout_B = rdarr;
`endif

`ifndef SYNTHESIS
// Task for initializing the arrays

//VCS coverage off    
task mem_wr_raw_subbank;
  input [addrs-1:0] addr;
  input [15:0] data;
  begin
    arr[addr] = data;
  end
endtask

// function for array read
function [15:0] mem_read_raw_subbank;
input [addrs-1:0] addr;
	mem_read_raw_subbank = arr[addr];
endfunction

`ifdef FAULT_INJECTION
// BIST Tasks for inducing faults
// induce faults on columns
task mem_fault_no_write_subbank;
  input [bits-1:0] fault_mask;
   begin
    fault_no_write = fault_mask;
  end
endtask

// Stuck at 0 for entire memory
task mem_fault_stuck_0_subbank;
  input [bits-1:0] fault_mask;
  integer i;
   begin
    for ( i=0; i<words; i=i+1 ) begin
      bit_fault_stuck_0[i] = fault_mask;
    end
  end
endtask

// Stuck at 1 for entire memory
task mem_fault_stuck_1_subbank;
  input [bits-1:0] fault_mask;
  integer i;
   begin
    for ( i=0; i<words; i=i+1 ) begin
      bit_fault_stuck_1[i] = fault_mask;
    end
  end
endtask

// Stuck at 0 for specific bit
task set_bit_fault_stuck_0_subbank;
  input r;
  input c;
  integer r;
  integer c;
  bit_fault_stuck_0[r][c] = 1;
endtask

// Stuck at 1 for specific bit
task set_bit_fault_stuck_1_subbank;
  input r;
  input c;
  integer r;
  integer c;
  bit_fault_stuck_1[r][c] = 1;
endtask

// Clear stuck 0 at bit
task clear_bit_fault_stuck_0_subbank;
  input r;
  input c;
  integer r;
  integer c;
  bit_fault_stuck_0[r][c] = 0;
endtask

// Clear stuck 1 at bit
task clear_bit_fault_stuck_1_subbank;
  input r;
  input c;
  integer r;
  integer c;
  bit_fault_stuck_1[r][c] = 0;
endtask
//VCS coverage on    
`endif //STUCK
`endif //SYNTHESIS

endmodule
`endif // end EMULATION
`endif // end RAM_INTERFACE